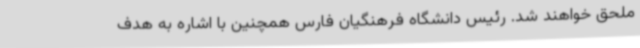
ملحق خواهند شد. رئیس دانشگاه فرهنگیان فارس همچنین با اشاره به هدف